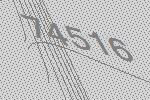
74516